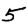
Digit: 5